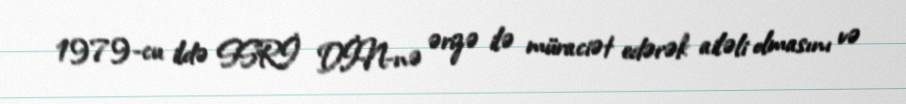
1979-cu ildə SSRİ DİN-nə ərizə ilə müraciət edərək ailəli olmasını və